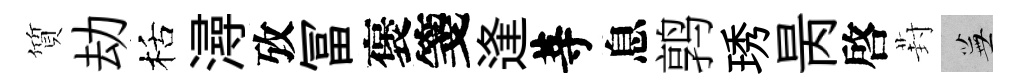
質劫栝潯攷冨褒箋逢䓁息鹑琇昺啓葑蕪